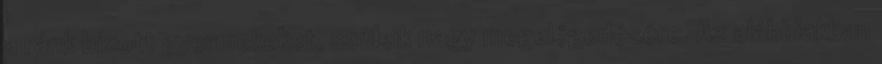
a ránk bízott gyermekeket, szüleik nagy megelégedésére. Az alábbiakban